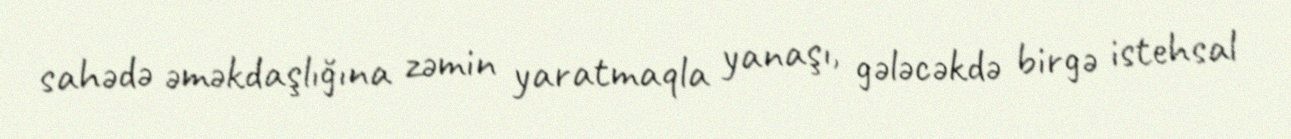
sahədə əməkdaşlığına zəmin yaratmaqla yanaşı, gələcəkdə birgə istehsal